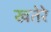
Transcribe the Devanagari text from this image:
खतेरे